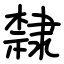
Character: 隸